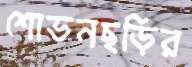
শোভনছড়ির